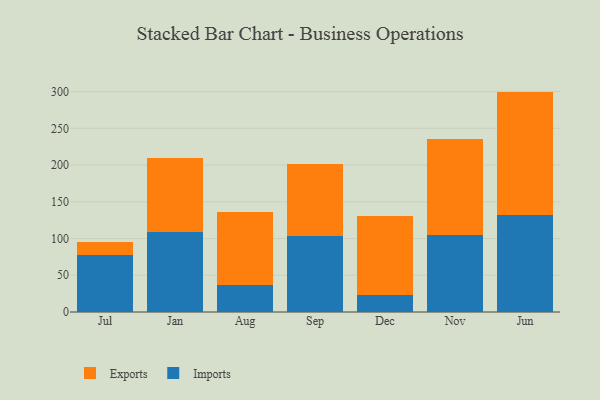
{"axis": {"x": "Month", "y": "LTV (USD)"}, "legend": ["Exports", "Imports"], "data": [{"x": "Jul", "y": 77.0, "type": "Imports"}, {"x": "Jul", "y": 18.0, "type": "Exports"}, {"x": "Jan", "y": 109.4, "type": "Imports"}, {"x": "Jan", "y": 99.7, "type": "Exports"}, {"x": "Aug", "y": 36.1, "type": "Imports"}, {"x": "Aug", "y": 100.4, "type": "Exports"}, {"x": "Sep", "y": 103.7, "type": "Imports"}, {"x": "Sep", "y": 98.2, "type": "Exports"}, {"x": "Dec", "y": 22.9, "type": "Imports"}, {"x": "Dec", "y": 108.4, "type": "Exports"}, {"x": "Nov", "y": 104.4, "type": "Imports"}, {"x": "Nov", "y": 131.5, "type": "Exports"}, {"x": "Jun", "y": 132.5, "type": "Imports"}, {"x": "Jun", "y": 167.5, "type": "Exports"}]}